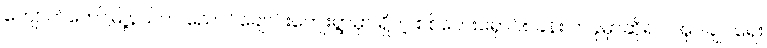
ကျောက်တော်မြို့နယ်က ညောင်ချောင်းကျေးရွာမှာ ရှိတဲ့ စစ်ဘေးရှောင်စခန်း တခုမှာဆိုရင် အုပ်ချုပ်ရေး